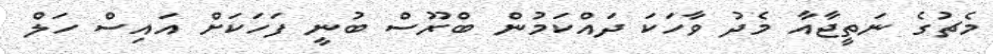
މެޗުގެ ނަތީޖާއާ މެދު ވާހަކަ ދައްކަމުން ބްރޫސް ބުނީ ފަހަކަށް އައިސް ހަލް